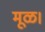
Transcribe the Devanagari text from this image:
मूळ।